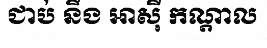
ជាប់ នឹង អាស៊ី កណ្តាល